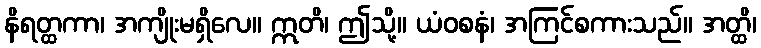
နိရတ္ထကာ၊ အကျိုးမရှိလေ။ ဣတိ၊ ဤသို့။ ယံဝစနံ၊ အကြင်စကားသည်။ အတ္ထိ၊